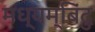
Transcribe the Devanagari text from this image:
मध्यम्बिंदु